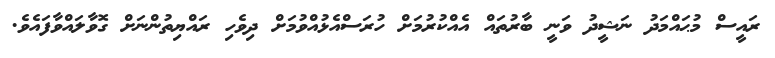
ރައީސް މުޙައްމަދު ނަޝީދު ވަނީ ބާރުތައް އެއްކުރުމަށް ހުރަސްއެޅުއްވުމަށް ދިވެހި ރައްޔިތުންނަށް ގޮވާލައްވާފައެވެ.